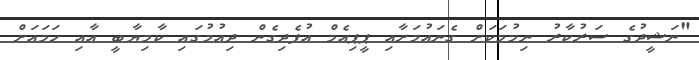
"ނަޝީދުގެ ސަރުކާރު ނިމުމަކަށް ގެނައުމަށާއި ޕީޕިއެމް އުފެދިގެން ދިއުމުގައި ކާމިޔާބީ އާއި ހަމައަށް